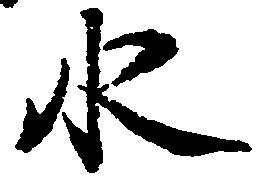
水